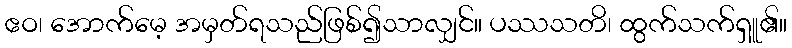
ဧဝ၊ အောက်မေ့ အမှတ်ရသည်ဖြစ်၍သာလျှင်။ ပဿသတိ၊ ထွက်သက်ရှူ၏။